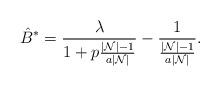
LaTeX: \begin{align*}\hat{B}^*=\frac{\lambda}{1+p\frac{|\mathcal{N}|-1}{a|\mathcal{N}|}} -\frac{1}{\frac{|\mathcal{N}|-1}{a|\mathcal{N}|}}.\end{align*}